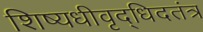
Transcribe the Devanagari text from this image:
शिष्यधीवृद्धिदतंत्र